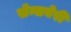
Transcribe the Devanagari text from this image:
सेन्सबेरी